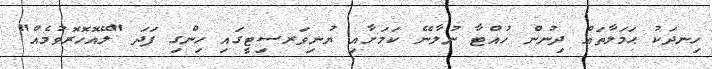
ހިނދަކު ޙަމަލާތައް ދިނުން ހުއްޓާ ނުލާނޭ ކަމަށާއި ޔުނިވަރސިޓީގައި ހިންގި ފަދަ "ލޭއޮހޮރޮވުމެއް"